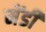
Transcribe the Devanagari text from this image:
मेंडी